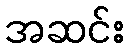
အဆင်း